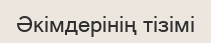
Әкімдерінің тізімі